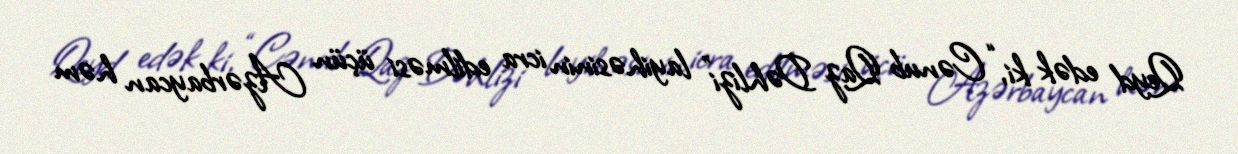
Qeyd edək ki, “Cənub Qaz Dəhlizi” layihəsinin icra edilməsi üçün Azərbaycan həm